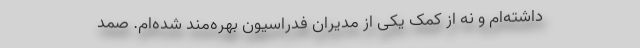
داشته‌ام و نه از کمک یکی از مدیران فدراسیون بهره‌مند شده‌ام. صمد